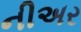
નીઅર